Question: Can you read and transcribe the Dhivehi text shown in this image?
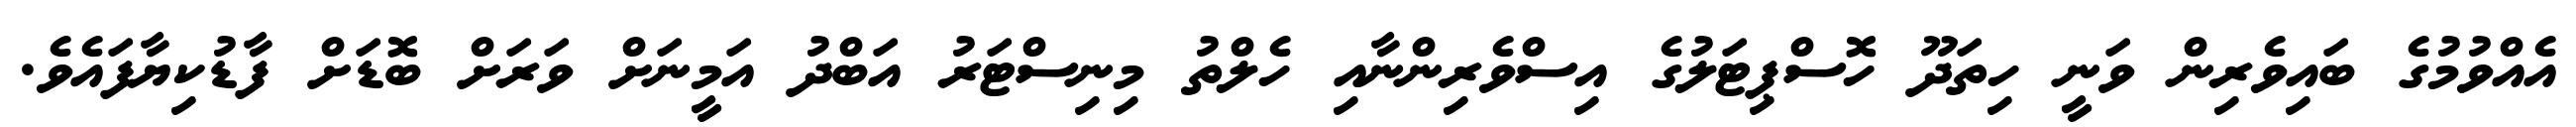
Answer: އެއްވުމުގެ ބައިވެރިން ވަނީ ހިތަދޫ ހޮސްޕިޓަލުގެ އިސްވެރިންނާއި ހެލްތު މިނިސްޓަރު އަބްދު އަމީނަށް ވަރަށް ބޮޑަށް ފާޑުކިޔާފައެވެ.